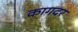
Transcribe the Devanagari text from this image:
कागदर